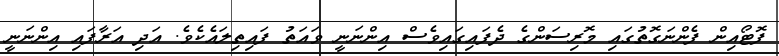
ފޮޓޯއިން ފެންނަގޮތުގައި މޮރިސަންގެ ދެފަައިގައިވެސް އިންނަނީ ވައަތު ފައިތިލައެކެވެ. އަދި އަރާފައި އިންނަނީ